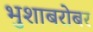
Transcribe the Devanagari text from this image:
भुशाबरोबर